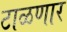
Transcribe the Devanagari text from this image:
टाळणार